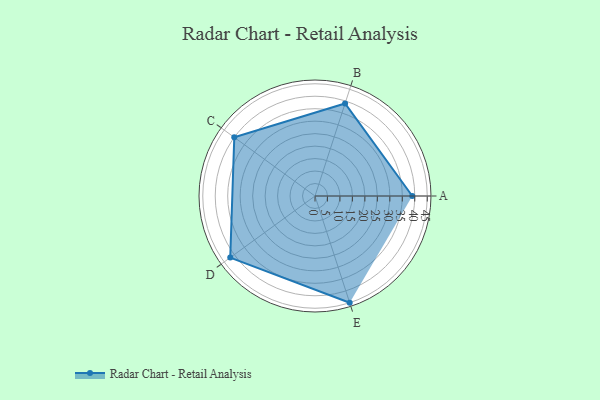
{"axis": {"x": "Skill", "y": "Score"}, "legend": ["Profile"], "data": [{"x": "A", "y": 39.0, "type": "Profile"}, {"x": "B", "y": 39.0, "type": "Profile"}, {"x": "C", "y": 40.0, "type": "Profile"}, {"x": "D", "y": 42.0, "type": "Profile"}, {"x": "E", "y": 45.0, "type": "Profile"}]}